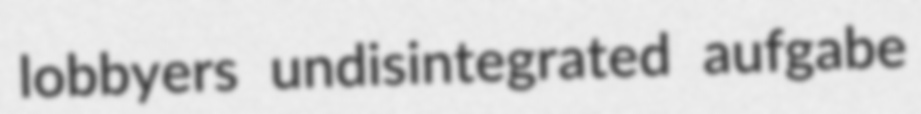
lobbyers undisintegrated aufgabe